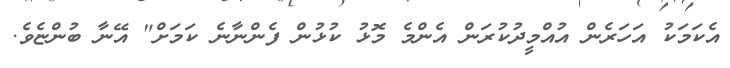
އެކަމަކު އަހަރެން އުއްމީދުކުރަން އެންމެ މޮޅު ކުޅުން ފެންނާނެ ކަމަށް" އޭނާ ބުންޏެވެ.